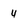
Character: 4